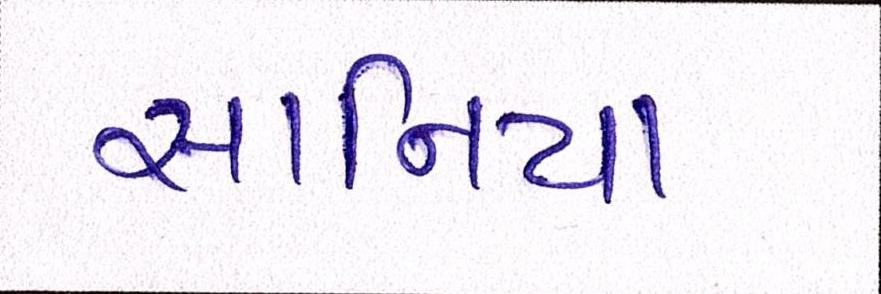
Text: સાનિયા